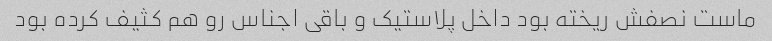
ماست نصفش ریخته بود داخل پلاستیک و باقی اجناس رو هم کثیف کرده بود